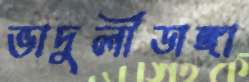
ভাদুলীডাঙ্গা